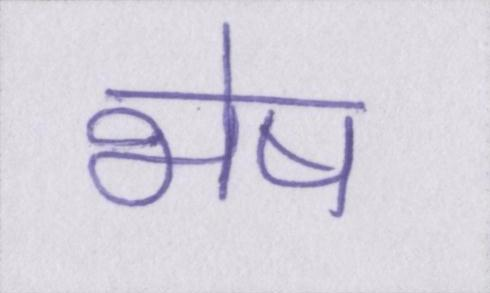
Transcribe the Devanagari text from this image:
भेष